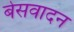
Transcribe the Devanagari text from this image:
बेसवादन